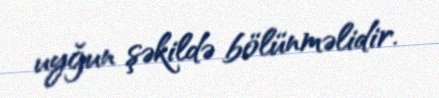
uyğun şəkildə bölünməlidir.